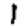
Digit: 1